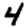
Digit: 4